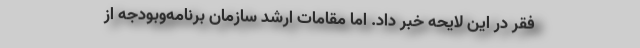
فقر در این لایحه خبر داد. اما مقامات ارشد سازمان برنامه‌وبودجه از